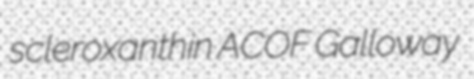
scleroxanthin ACOF Galloway